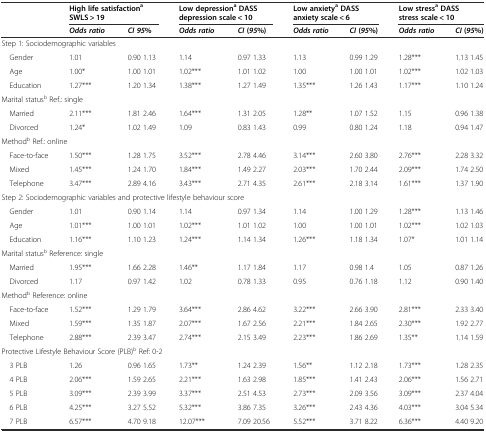
<table><thead><tr><td>[EMPTY_CELL]</td><td colspan="2"><b>High life satisfaction<sup>a</sup>SWLS &gt; 19</b></td><td colspan="2"><b>Low depression<sup>a</sup>DASS depression scale &lt; 10</b></td><td colspan="2"><b>Low anxiety<sup>a</sup>DASS anxiety scale &lt; 6</b></td><td colspan="2"><b>Low stress<sup>a</sup>DASS stress scale &lt; 10</b></td></tr><tr><td>[EMPTY_CELL]</td><td><b><i>Odds ratio</i></b></td><td><b><i>CI 95</i>%</b></td><td><b><i>Odds ratio</i></b></td><td><b><i>CI</i>(<i>95</i>%)</b></td><td><b><i>Odds ratio</i></b></td><td><b><i>CI</i>(<i>95</i>%)</b></td><td><b><i>Odds ratio</i></b></td><td><b><i>CI</i>(<i>95</i>%)</b></td></tr></thead><tbody><tr><td colspan="9">Step 1: Sociodemographic variables</td></tr><tr><td> Gender</td><td>1.01</td><td>0.90 1.13</td><td>1.14</td><td>0.97 1.33</td><td>1.13</td><td>0.99 1.29</td><td>1.28***</td><td>1.13 1.45</td></tr><tr><td> Age</td><td>1.00*</td><td>1.00 1.01</td><td>1.02***</td><td>1.01 1.02</td><td>1.00</td><td>1.00 1.01</td><td>1.02***</td><td>1.02 1.03</td></tr><tr><td> Education</td><td>1.27***</td><td>1.20 1.34</td><td>1.38***</td><td>1.27 1.49</td><td>1.35***</td><td>1.26 1.43</td><td>1.17***</td><td>1.10 1.24</td></tr><tr><td colspan="9">Marital status<sup>b</sup> Ref.: single</td></tr><tr><td> Married</td><td>2.11***</td><td>1.81 2.46</td><td>1.64***</td><td>1.31 2.05</td><td>1.28**</td><td>1.07 1.52</td><td>1.15</td><td>0.96 1.38</td></tr><tr><td> Divorced</td><td>1.24*</td><td>1.02 1.49</td><td>1.09</td><td>0.83 1.43</td><td>0.99</td><td>0.80 1.24</td><td>1.18</td><td>0.94 1.47</td></tr><tr><td colspan="9">Method<sup>b</sup> Ref.: online</td></tr><tr><td> Face-to-face</td><td>1.50***</td><td>1.28 1.75</td><td>3.52***</td><td>2.78 4.46</td><td>3.14***</td><td>2.60 3.80</td><td>2.76***</td><td>2.28 3.32</td></tr><tr><td> Mixed</td><td>1.45***</td><td>1.24 1.70</td><td>1.84***</td><td>1.49 2.27</td><td>2.03***</td><td>1.70 2.44</td><td>2.09***</td><td>1.74 2.50</td></tr><tr><td> Telephone</td><td>3.47***</td><td>2.89 4.16</td><td>3.43***</td><td>2.71 4.35</td><td>2.61***</td><td>2.18 3.14</td><td>1.61***</td><td>1.37 1.90</td></tr><tr><td colspan="9">Step 2: Sociodemographic variables and protective lifestyle behaviour score</td></tr><tr><td> Gender</td><td>1.01</td><td>0.90 1.14</td><td>1.14</td><td>0.97 1.34</td><td>1.14</td><td>1.00 1.29</td><td>1.28***</td><td>1.13 1.46</td></tr><tr><td> Age</td><td>1.01***</td><td>1.00 1.01</td><td>1.02***</td><td>1.01 1.02</td><td>1.00</td><td>1.00 1.01</td><td>1.02***</td><td>1.02 1.03</td></tr><tr><td> Education</td><td>1.16***</td><td>1.10 1.23</td><td>1.24***</td><td>1.14 1.34</td><td>1.26***</td><td>1.18 1.34</td><td>1.07*</td><td>1.01 1.14</td></tr><tr><td colspan="9">Marital status<sup>b</sup> Reference: single</td></tr><tr><td> Married</td><td>1.95***</td><td>1.66 2.28</td><td>1.46**</td><td>1.17 1.84</td><td>1.17</td><td>0.98 1.4</td><td>1.05</td><td>0.87 1.26</td></tr><tr><td> Divorced</td><td>1.17</td><td>0.97 1.42</td><td>1.02</td><td>0.78 1.33</td><td>0.95</td><td>0.76 1.18</td><td>1.12</td><td>0.90 1.40</td></tr><tr><td colspan="9">Method<sup>b</sup> Reference: online</td></tr><tr><td> Face-to-face</td><td>1.52***</td><td>1.29 1.79</td><td>3.64***</td><td>2.86 4.62</td><td>3.22***</td><td>2.66 3.90</td><td>2.81***</td><td>2.33 3.40</td></tr><tr><td> Mixed</td><td>1.59***</td><td>1.35 1.87</td><td>2.07***</td><td>1.67 2.56</td><td>2.21***</td><td>1.84 2.65</td><td>2.30***</td><td>1.92 2.77</td></tr><tr><td> Telephone</td><td>2.88***</td><td>2.39 3.47</td><td>2.74***</td><td>2.15 3.49</td><td>2.23***</td><td>1.86 2.69</td><td>1.35**</td><td>1.14 1.59</td></tr><tr><td colspan="9">Protective Lifestyle Behaviour Score (PLB)<sup>b</sup> Ref: 0-2</td></tr><tr><td> 3 PLB</td><td>1.26</td><td>0.96 1.65</td><td>1.73**</td><td>1.24 2.39</td><td>1.56**</td><td>1.12 2.18</td><td>1.73***</td><td>1.28 2.35</td></tr><tr><td> 4 PLB</td><td>2.06***</td><td>1.59 2.65</td><td>2.21***</td><td>1.63 2.98</td><td>1.85***</td><td>1.41 2.43</td><td>2.06***</td><td>1.56 2.71</td></tr><tr><td> 5 PLB</td><td>3.09***</td><td>2.39 3.99</td><td>3.37***</td><td>2.51 4.53</td><td>2.73***</td><td>2.09 3.56</td><td>3.09***</td><td>2.37 4.04</td></tr><tr><td> 6 PLB</td><td>4.25***</td><td>3.27 5.52</td><td>5.32***</td><td>3.86 7.35</td><td>3.26***</td><td>2.43 4.36</td><td>4.03***</td><td>3.04 5.34</td></tr><tr><td> 7 PLB</td><td>6.57***</td><td>4.70 9.18</td><td>12.07***</td><td>7.09 20.56</td><td>5.52***</td><td>3.71 8.22</td><td>6.36***</td><td>4.40 9.20</td></tr></tbody></table>